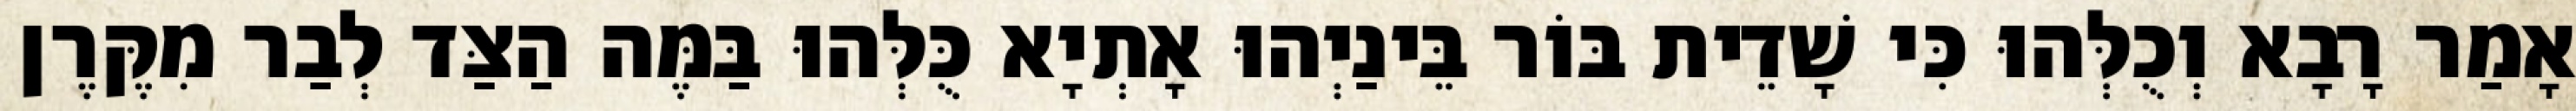
אָמַר רָבָא וְכֻלְּהוּ כִּי שָׁדֵית בּוֹר בֵּינַיְהוּ אָתְיָא כֻּלְּהוּ בַּמֶּה הַצַּד לְבַר מִקֶּרֶן